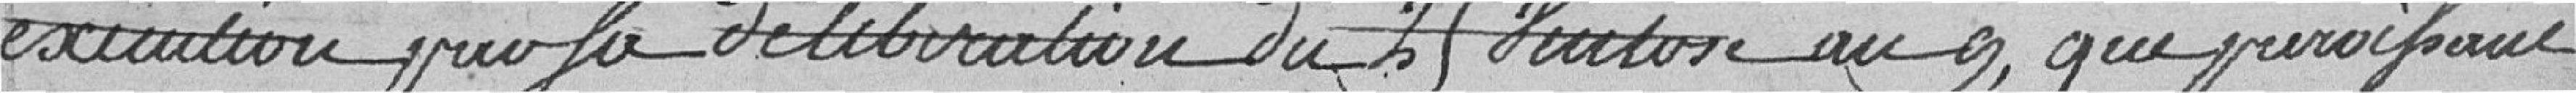
exécution par la délibération du 25 vertose?? au 9 que ???